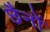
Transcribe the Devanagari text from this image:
छैनों